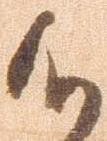
候